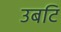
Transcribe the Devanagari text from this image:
उबटि